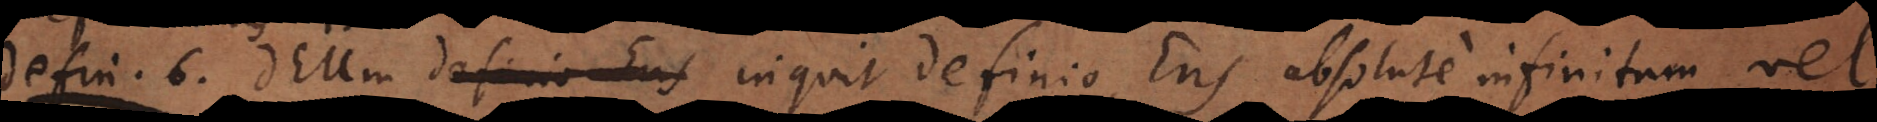
i o 6. Deum inquit definio, Ens absolute infinitum, vel